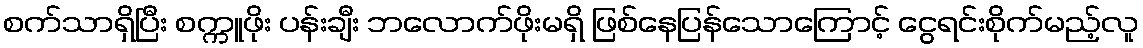
စက်သာရှိပြီး စက္ကူဖိုး ပန်းချီး ဘလောက်ဖိုးမရှိ ဖြစ်နေပြန်သောကြောင့် ငွေရင်းစိုက်မည့်လူ